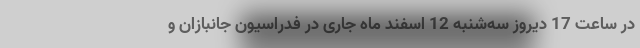
در ساعت 17 دیروز سه‌شنبه 12 اسفند ماه جاری در فدراسیون جانبازان و